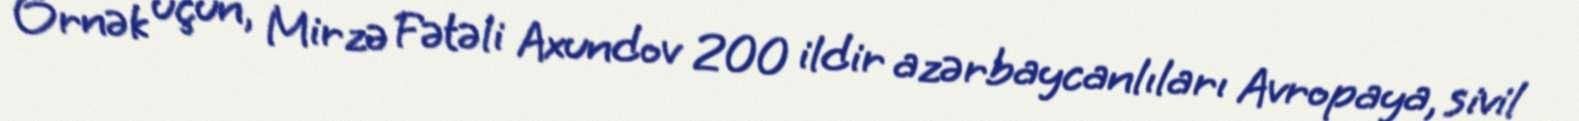
Örnək üçün, Mirzə Fətəli Axundov 200 ildir azərbaycanlıları Avropaya, sivil